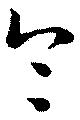
令